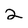
Character: 2